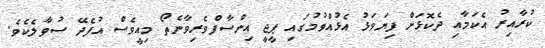
ކުރާއިރު އެކަމާއި ދެކޮޅަށް ފިޔަވަޅު އެޅުއްވުމުގައި ޕީޖީ އިންސާފްވެރިވާނެތޯ މިއީވެސް އުފެދޭ ސުވާލެކެވެ.